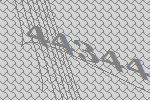
44344